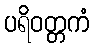
ပရိဝတ္တကံ